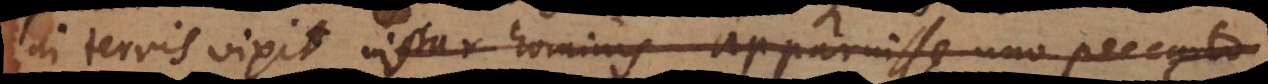
in terris vixit instar hominis egisse, excepto